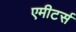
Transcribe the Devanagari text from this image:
एमीटर्स